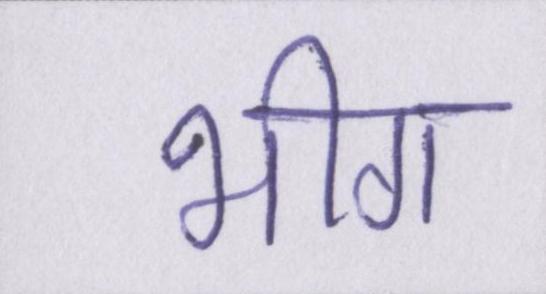
भीग